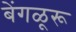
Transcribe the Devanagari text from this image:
बेंगळूरू